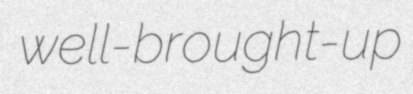
well-brought-up